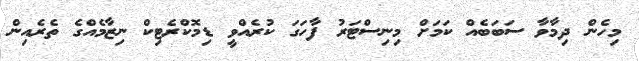
މިހެން ދިމާވާ ސަބަބެއް ކަމަށް މިނިސްޓަރު ފާހަގަ ކުރެއްވީ ޑިމޮކްރެޓިކް ނިޒާމެއްގެ ތެރެއިން